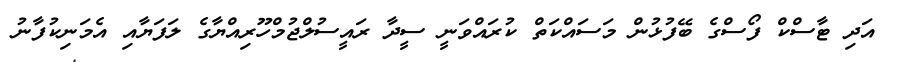
އަދި ޓާސްކް ފޯސްގެ ބޭފުޅުން މަސައްކަތް ކުރައްވަނީ ސީދާ ރައީސުލްޖުމްހޫރިއްޔާގެ ލަފަޔާއި އެމަނިކުފާނު